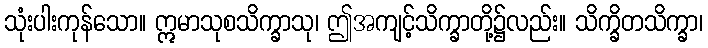
သုံးပါးကုန်သော။ ဣမာသုစသိက္ခာသု၊ ဤအကျင့်သိက္ခာတို့၌လည်း။ သိက္ခိတသိက္ခာ၊